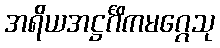
အရိယအဋ္ဌင်္ဂိကမဂ္ဂေသု